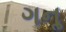
ગનૢ